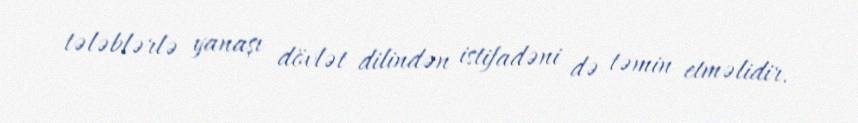
tələblərlə yanaşı dövlət dilindən istifadəni də təmin etməlidir.